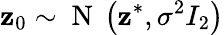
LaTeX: \mathbf{z}_{0}\sim\mathrm{~N~}\left(\mathbf{z}^{\ast},\sigma^{2}I_{2}\right)